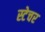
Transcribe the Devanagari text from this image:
स्टेचर